Senior Leaving Certificate Examination (including Day School Certificate (Higher) General paper), 1950
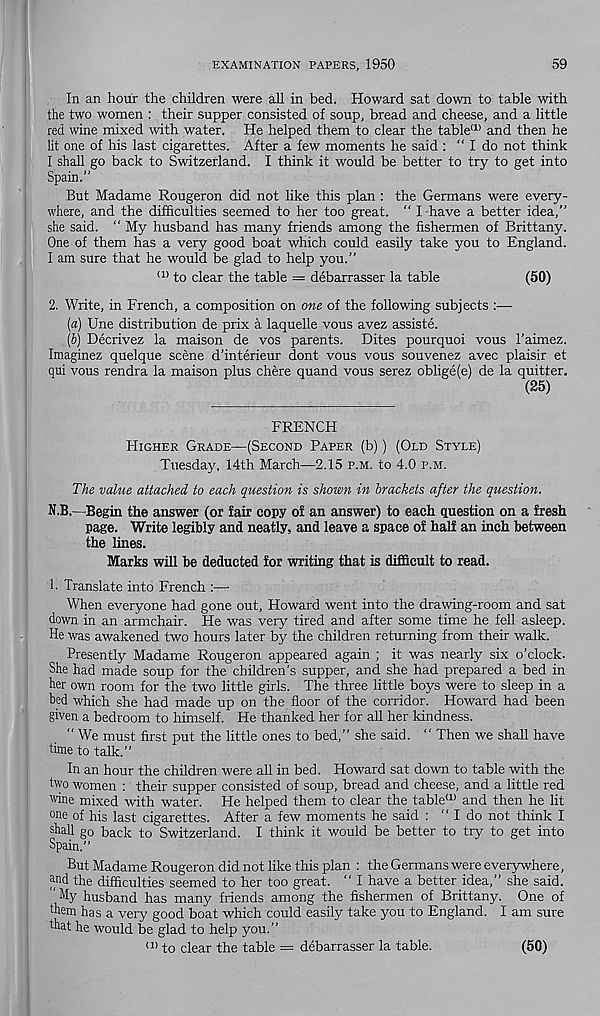
EXAMINATION PAPERS, 1950
59
In an hour the children were all in bed. Howard sat down to table with
the two women : their supper consisted of soup, bread and cheese, and a little
red wine mixed with water. He helped them to clear the table (1) and then he
lit one of his last cigarettes. After a few moments he said : “ I do not think
I shall go back to Switzerland. I think it would be better to try to get into
Spain.”
But Madame Rougeron did not like this plan : the Germans were every-
where, and the difficulties seemed to her too great. “ I - have a better idea,”
she said. ” My husband has many friends among the fishermen of Brittany.
One of them has a very good boat which could easily take you to England.
I am sure that he would be glad to help you.”
(1) to clear the table = debarrasser la table
(50)
2. Write, in French, a composition on one of the following subjects :—
[a) Une distribution de prix a laquelle vous avez assiste.
(h) Decrivez la maison de vos parents. Dites pourquoi vous raimez.
Imaginez quelque scene d’interieur dont vous vous souvenez avec plaisir et
qui vous rendra la maison plus chere quand vous serez oblige (e) de la quitter.
(25)
FRENCH
Higher Grade—(Second Paper (b)) (Old Style)
Tuesday, 14th March—2.15 p.m. to 4.0 p.m.
The value attached to each question is shown in brackets after the question.
N.B.—Begin the answer (or fair copy of an answer) to each question on a fresh
page. Write legibly and neatly, and leave a space of half an inch between
the lines.
Marks will be deducted for writing that is difficult to read.
h Translate into French :—
When everyone had gone out, Howard went into the drawing-room and sat
down in an armchair. He was very tired and after some time he fell asleep.
He was awakened two hours later by the children returning from their walk.
Presently Madame Rougeron appeared again ; it was nearly six o’clock.
She had made soup for the children’s supper, and she had prepared a bed in
her own room for the two little girls. The three little boys were to sleep in a
bed which she had made up on the floor of the corridor. Howard had been
given a bedroom to himself. He thanked her for all her kindness.
" We must first put the little ones to bed,” she said. ” Then we shall have
time to talk.”
In an hour the children were all in bed. Howard sat down to table with the
two women : their supper consisted of soup, bread and cheese, and a little red
wine mixed with water. He helped them to clear the table a> and then he lit
°ne of his last cigarettes. After a few moments he said : ” I do not think I
shall go back to Switzerland. I think it would be better to try to get into
Spain.”
But Madame Rougeron did not like this plan : the Germans were everywhere,
and the difficulties seemed to her too great. ” I have a better idea,” she said.
" % husband has many friends among the fishermen of Brittany. One of
them has a very good boat which could easily take you to England. I am sure
that he would be glad to help you.”
(1> to clear the table = debarrasser la table.
(50)